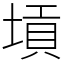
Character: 𡎴